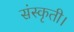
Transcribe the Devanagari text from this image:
संस्कृती।